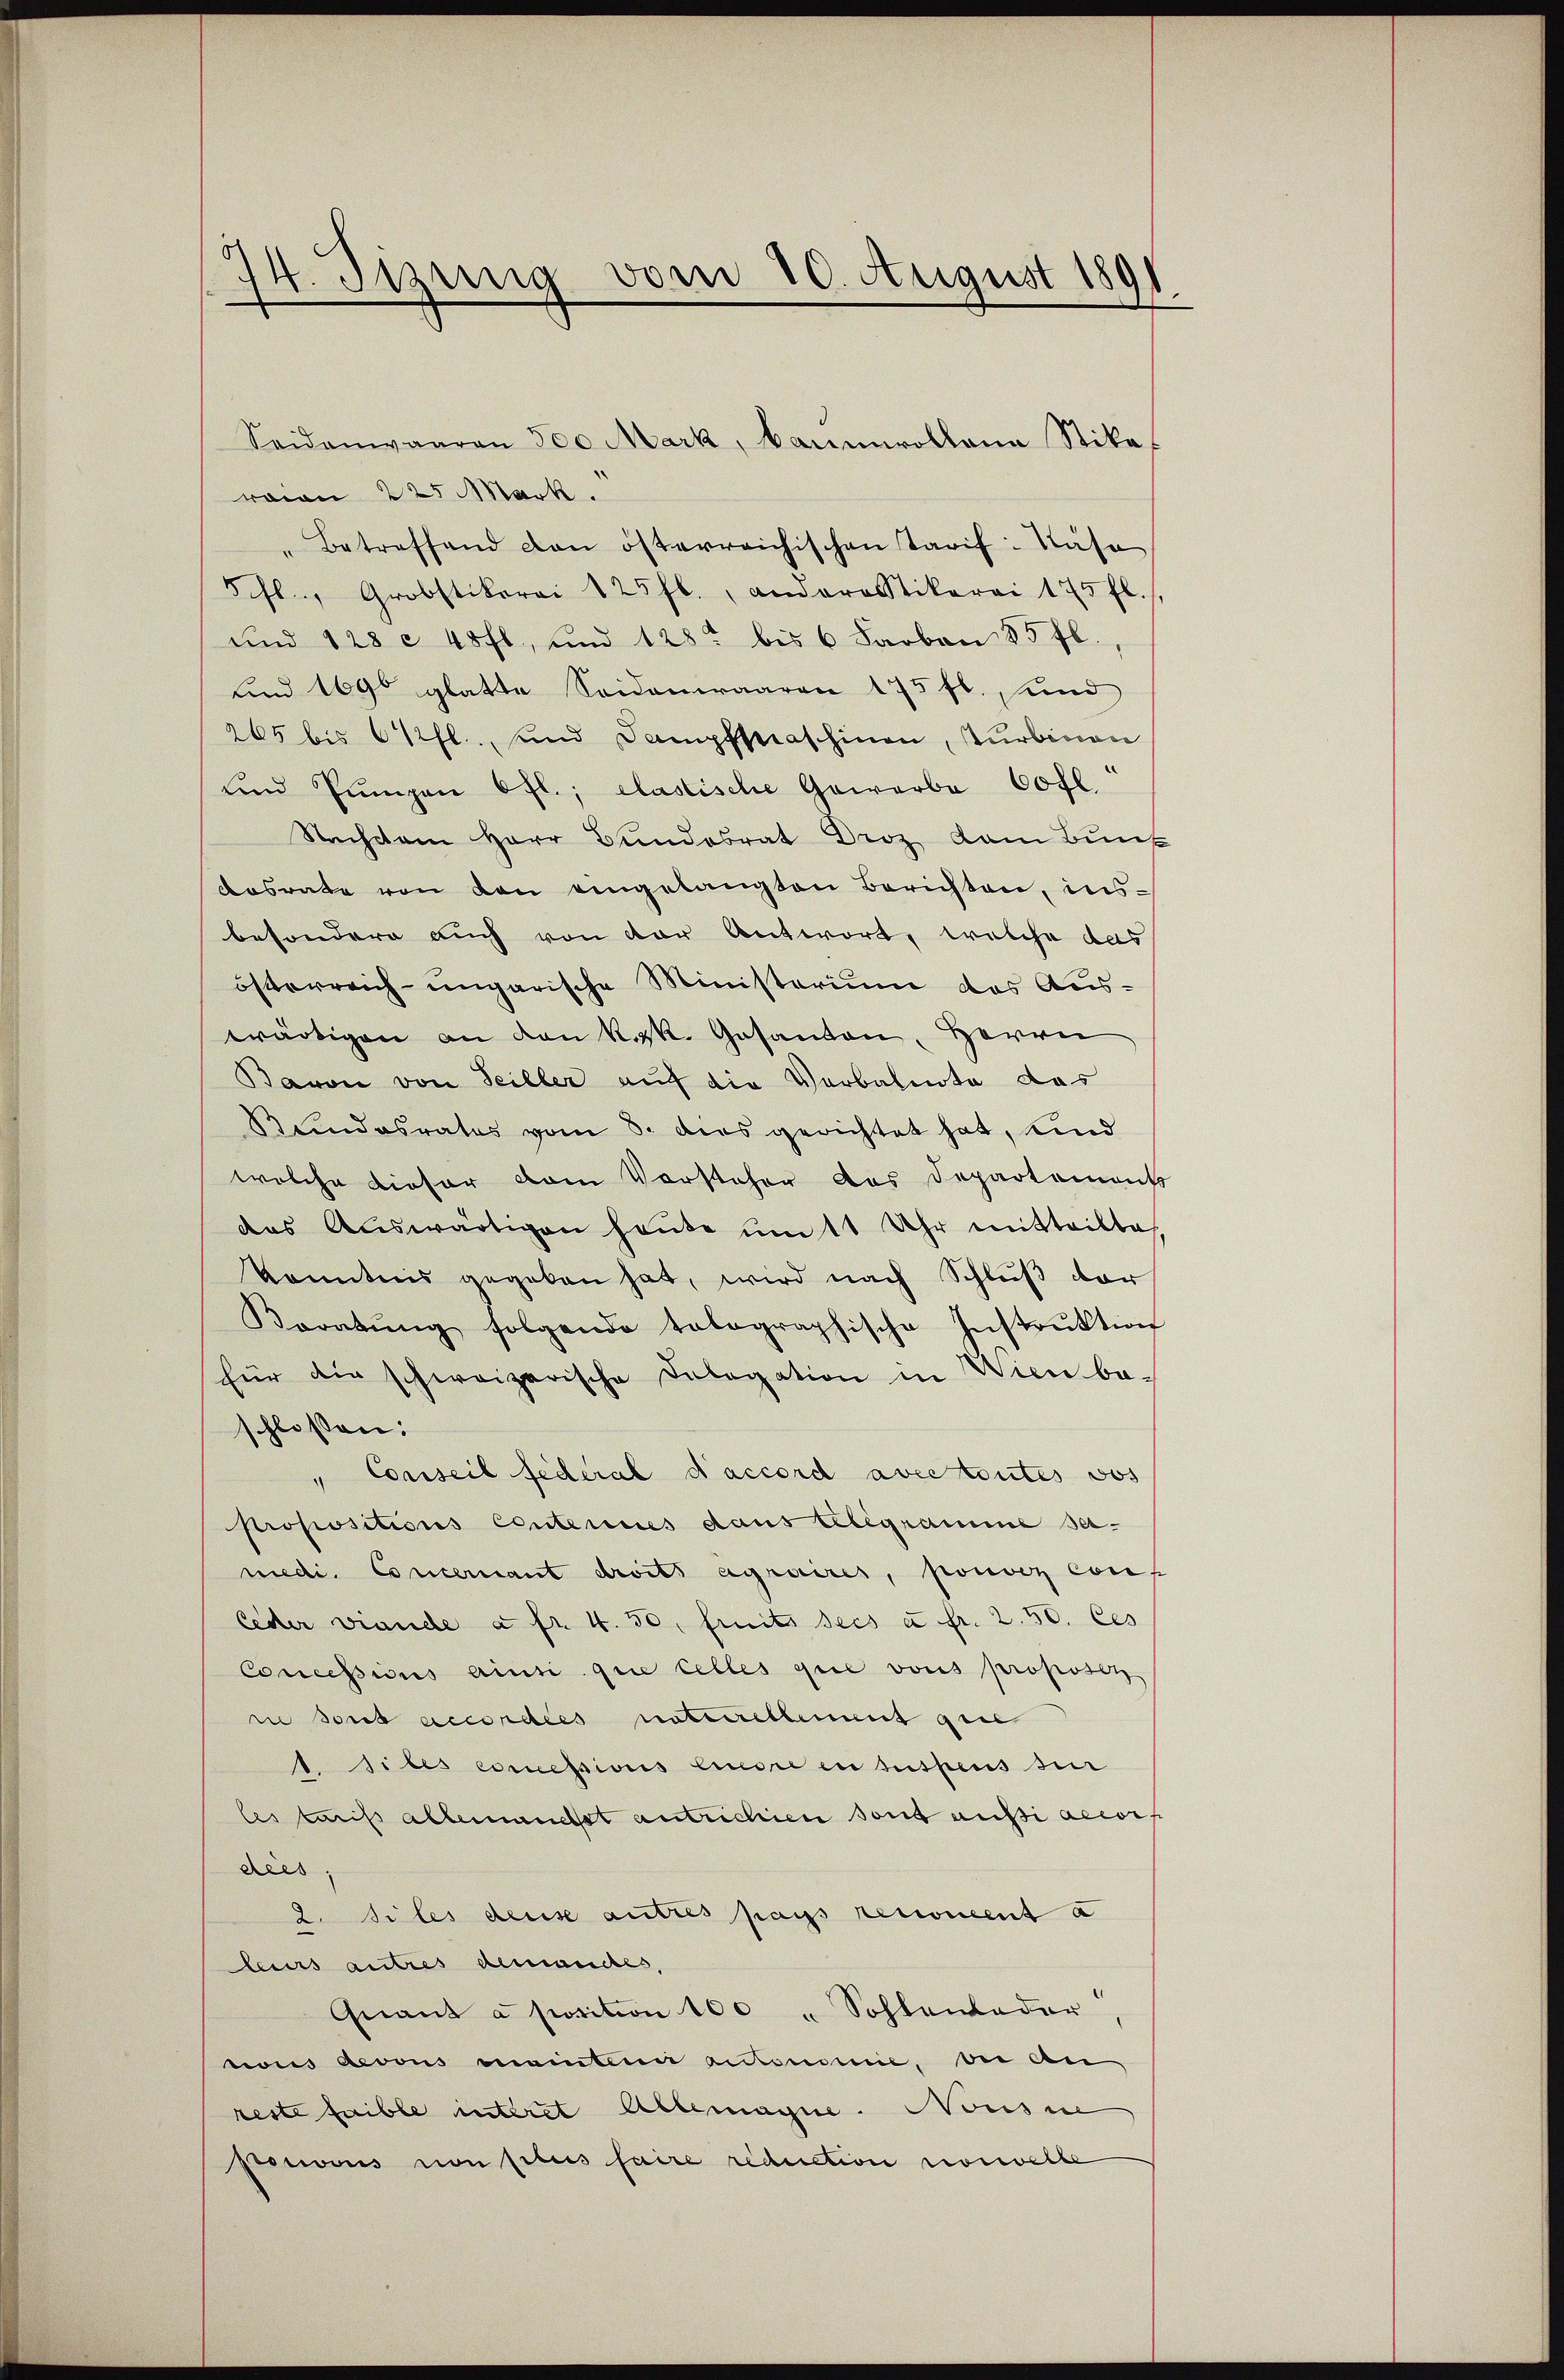
14. Tizung vom 10. August 1891.

Seidenwaaren 300 Mark, Baumwollena Stika
raion 225 Mark.
Betreffend den österreichischen Tarif: Näse
5 fl. Grobstikerei 125 fl., anderastikerei 175 fl.
und 128 c 48 fl., und 128 bis 6 Farbon 85 fl.,
und 169 glatte Seidenwaaren 175 fl., und
265 bis 6 fl., und Dampfpraschinen, Turbinen
und Pŭngen Ofl.; elastische Gewerbe 60 fl.
Nachtem Herr Bundesrat Droz kam Bunk
dosrate von den eingelangten Berichten, insbesondere auch von der Antwort, welche das
österreich-ungarische Ministerium das Auswärtigen an den k.k. Gesanten, Herrn
Baron von Seiller auf die Verbalnote das
Bundesrates vom 8. dies gerichtet hat, und
welche Lieser vom Vorsteher das Departements
das Aŭswärtigen heŭte um 11 Uhr mitteilte
Kenntnis gegeben hat, wird nach Schluß dar
Koratŭng folgende talographische Instrŭktion
für die schweizerische Delegation in Wien be-
schlossen:
" Conseil federal d’accord avec toutes dos
Propositions centernes daus belegramme seimedi. Concernant droits agraires, pouver conf
Ceder viande a fr. 4. 50, fruits sees u. fr. 2.50. Ces
Concessions ainsi que celles que vons proposon
i dont accordées naturellement gene
1. Siles concessions Andre en suspens sei
les tarifs allemanchet antrichien sont aussi accors
dies
2. Siles dense autres pass renoment a
leurs autres demanches,
Quant a position 100 " Sohlenlader
cions devons mantenu autonomie, bei An
reste faible interet Allemagne. Nonsin
Pissous von plus faire reduction norwelle